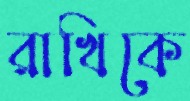
রাখিকে